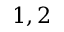
{ 1 , 2 }